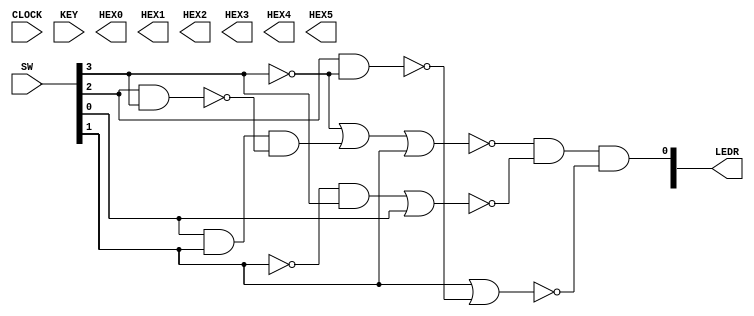
// Copyright (c) 2020 FPGAcademy
// Please see license at https://github.com/fpgacademy/DESim

module Lab_1 (CLOCK, KEY, SW, HEX0, HEX1, HEX2, HEX3, HEX4, HEX5, LEDR);
    input  wire         CLOCK;
    input  wire [ 1: 0] KEY;
    input  wire [ 9: 0] SW;
    output reg  [ 6: 0] HEX0;
    output reg  [ 6: 0] HEX1;
    output reg  [ 6: 0] HEX2;
    output reg  [ 6: 0] HEX3;
    output reg  [ 6: 0] HEX4;
    output reg  [ 6: 0] HEX5;
    output wire [ 9: 0] LEDR;

    wire a = ~(~SW[3] | SW[0] & SW[1] & ~(SW[2] & SW[3]) | SW[1]) & ~(~SW[1] & SW[3] | SW[0])&~(SW[1] | ~(SW[2]&~SW[3]));

    assign LEDR[0] = a;

endmodule